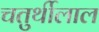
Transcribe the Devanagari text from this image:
चतुर्थीलाल